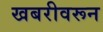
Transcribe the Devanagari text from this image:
खबरीवरून